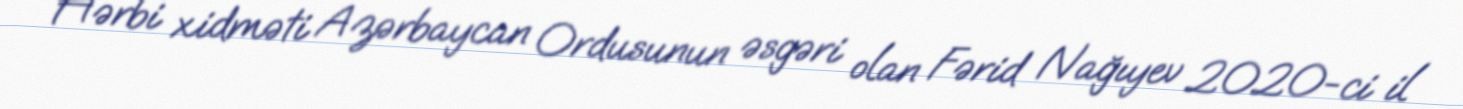
Hərbi xidməti Azərbaycan Ordusunun əsgəri olan Fərid Nağıyev 2020-ci il